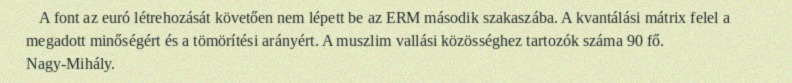
A font az euró létrehozását követően nem lépett be az ERM második szakaszába. A kvantálási mátrix felel a megadott minőségért és a tömörítési arányért. A muszlim vallási közösséghez tartozók száma 90 fő. Nagy-Mihály.